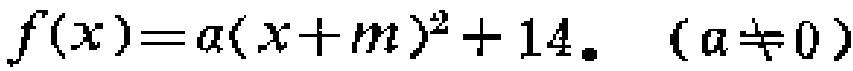
\(f(x)=a(x + m)^2 + 14\quad (a\neq 0)\)